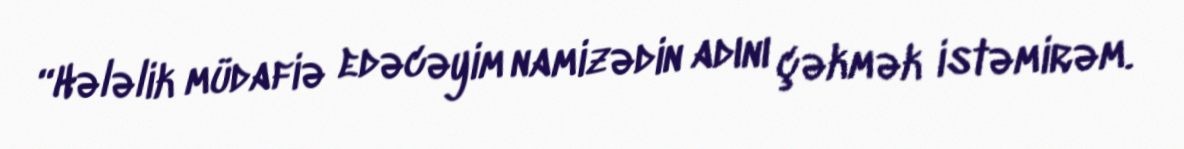
“Hələlik müdafiə edəcəyim namizədin adını çəkmək istəmirəm.